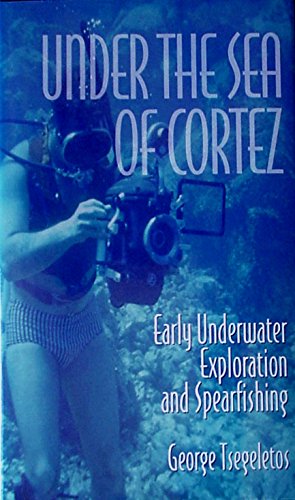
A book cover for Under the Sea of Cortez: (early underwater exploration and spearfishing); George H Tsegeletos; Travel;